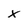
Character: x